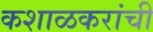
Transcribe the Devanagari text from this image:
कशाळकरांची